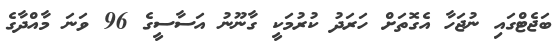
ބަޖެޓްގައި ނުޖަހާ އެގޮތަށް ހަރަދު ކުރުމަކީ ގާނޫނު އަސާސީގެ 96 ވަނަ މާއްދާގެ